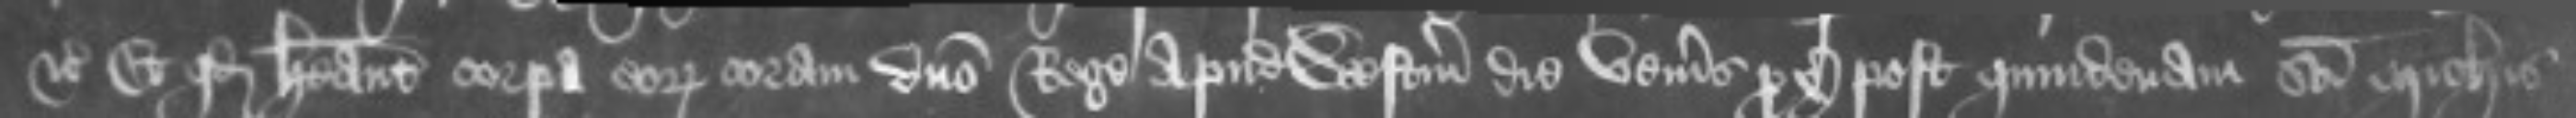
etc Et quod habeant corpora eorum coram domino Rege apud Westmonasterium die veneris proxima post quindenam sancti Michaelis